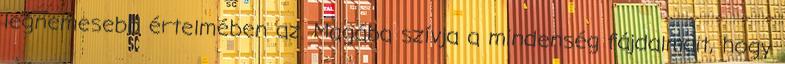
legnemesebb értelmében az. Magába szívja a mindenség fájdalmait, hogy